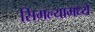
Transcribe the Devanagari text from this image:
सिमल्यामध्ये